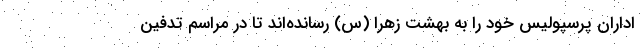
اداران پرسپولیس خود را به بهشت زهرا (س) رسانده‌اند تا در مراسم تدفین